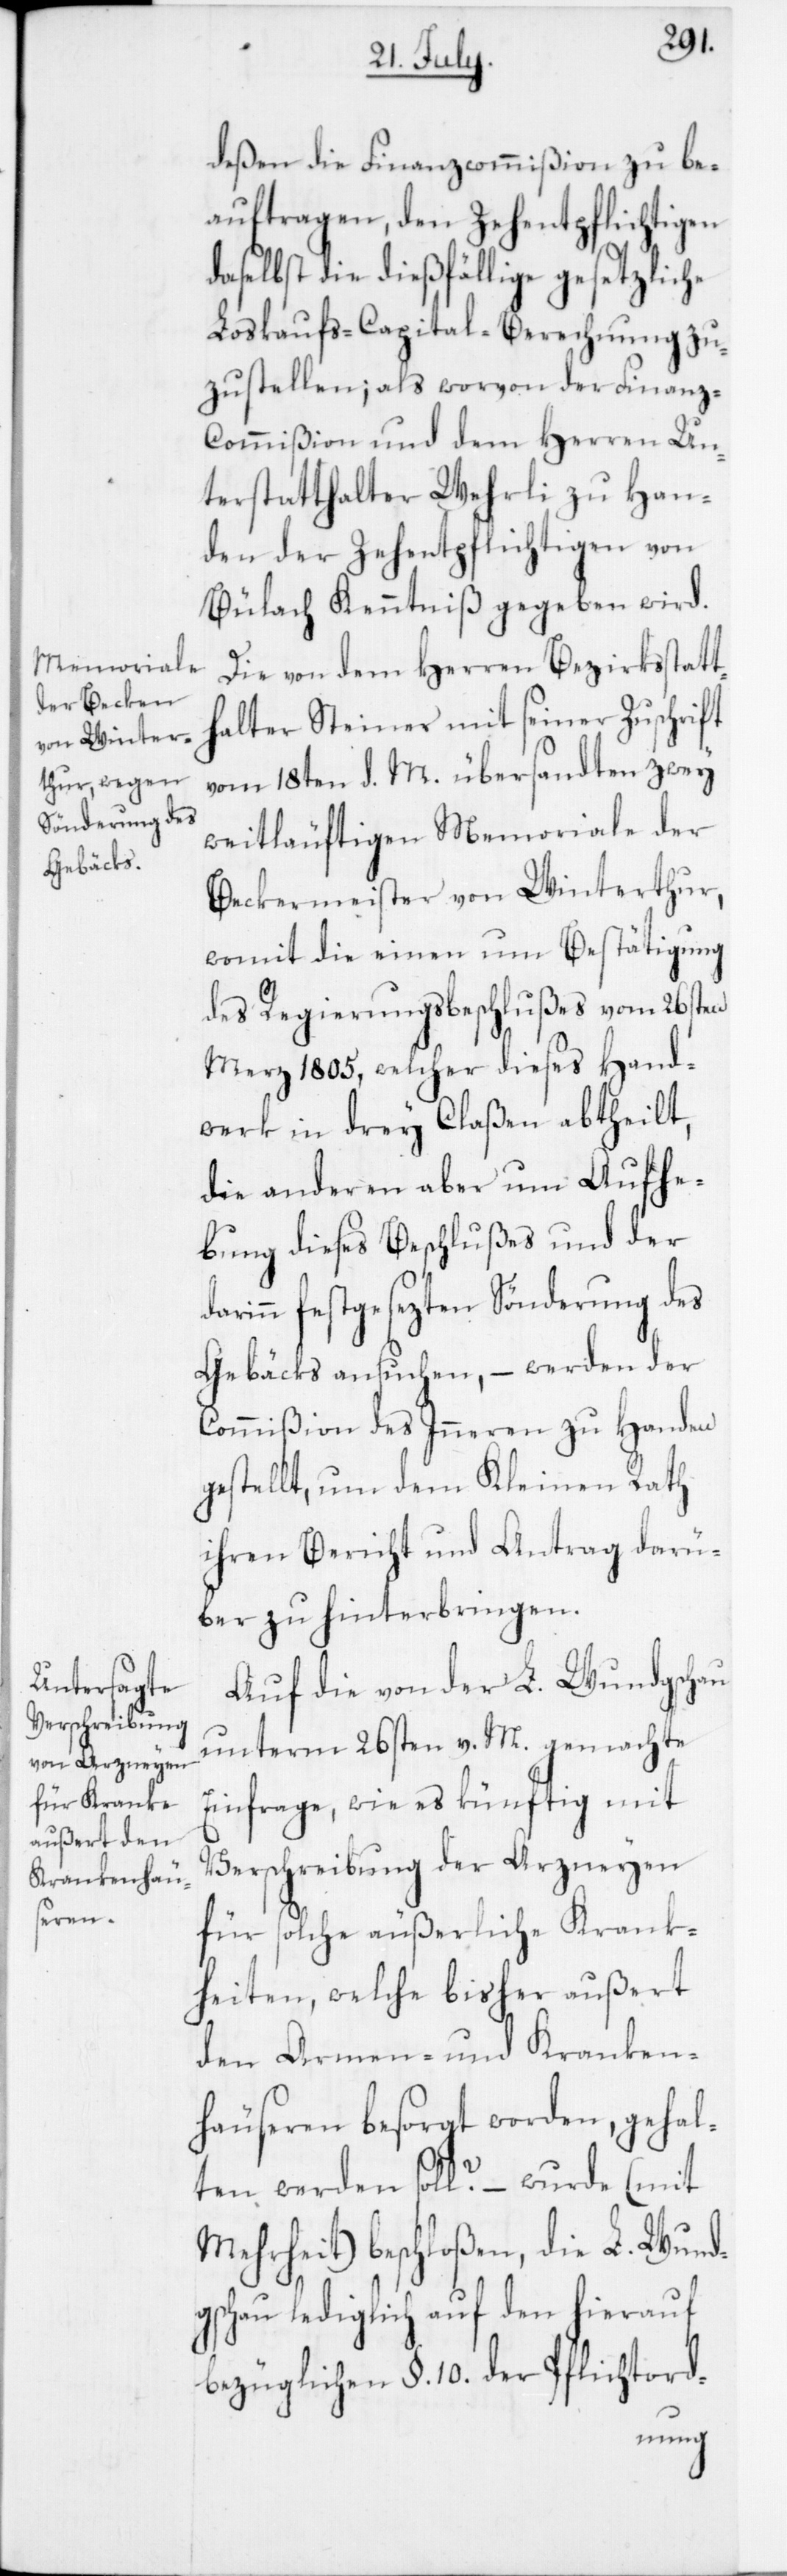
deßen die Finanzcommißion zu be¬
auftragen, den Zehentpflichtigen
daselbst die dießfällige gesetzliche
Loskaufs-Capital-Berechnung zu¬
zustellen, als worvon der Finanz-C¬
ommißion und dem Herren Un¬
terstatthalter Wehrli zu Han¬
den der Zehentpflichtigen von
Bülach Kenntniß gegeben wird.
Die von dem Herren Bezirksstatt¬
halter Steiner mit seiner Zuschrift
vom 18ten d. M. übersandten zwey
weitläufigen Memoriale der
Beckermeister von Winterthur,
womit die einen um Bestätigung
des Regierungsbeschlußes vom 26sten
Merz 1805, welcher dieses Hand¬
werk in drey Claßen abtheilt,
die anderen aber um Aufhe¬
bung dieses Beschlußes und der
darinn festgesezten Sönderung des
Gebäcks ansuchen, – werden der
Commißion des Inneren zu Handen
gestellt, um dem Kleinen Rath
ihren Bericht und Antrag darü¬
ber zu hinterbringen.
Auf die von der L. Wundgschau
unterm 26sten v. M. gemachte
Einfrage, wie es künftig mit
Verschreibung der Arzneyen
für solche äußerliche Krank¬
heiten, welche bisher außert
den Armen- und Kranken¬
häuseren besorgt worden, gehal¬
ten werden soll? – wurde (mit
Mehrheit) beschloßen, die L. Wund¬
gschau lediglich auf den hierauf
bezüglichen §. 10. der Pflichtord-